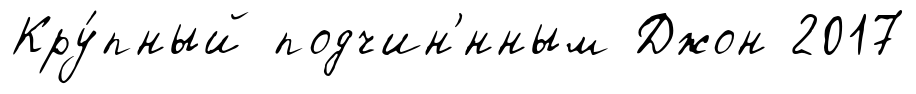
Кру́пный подчин'́нным Джон 2017